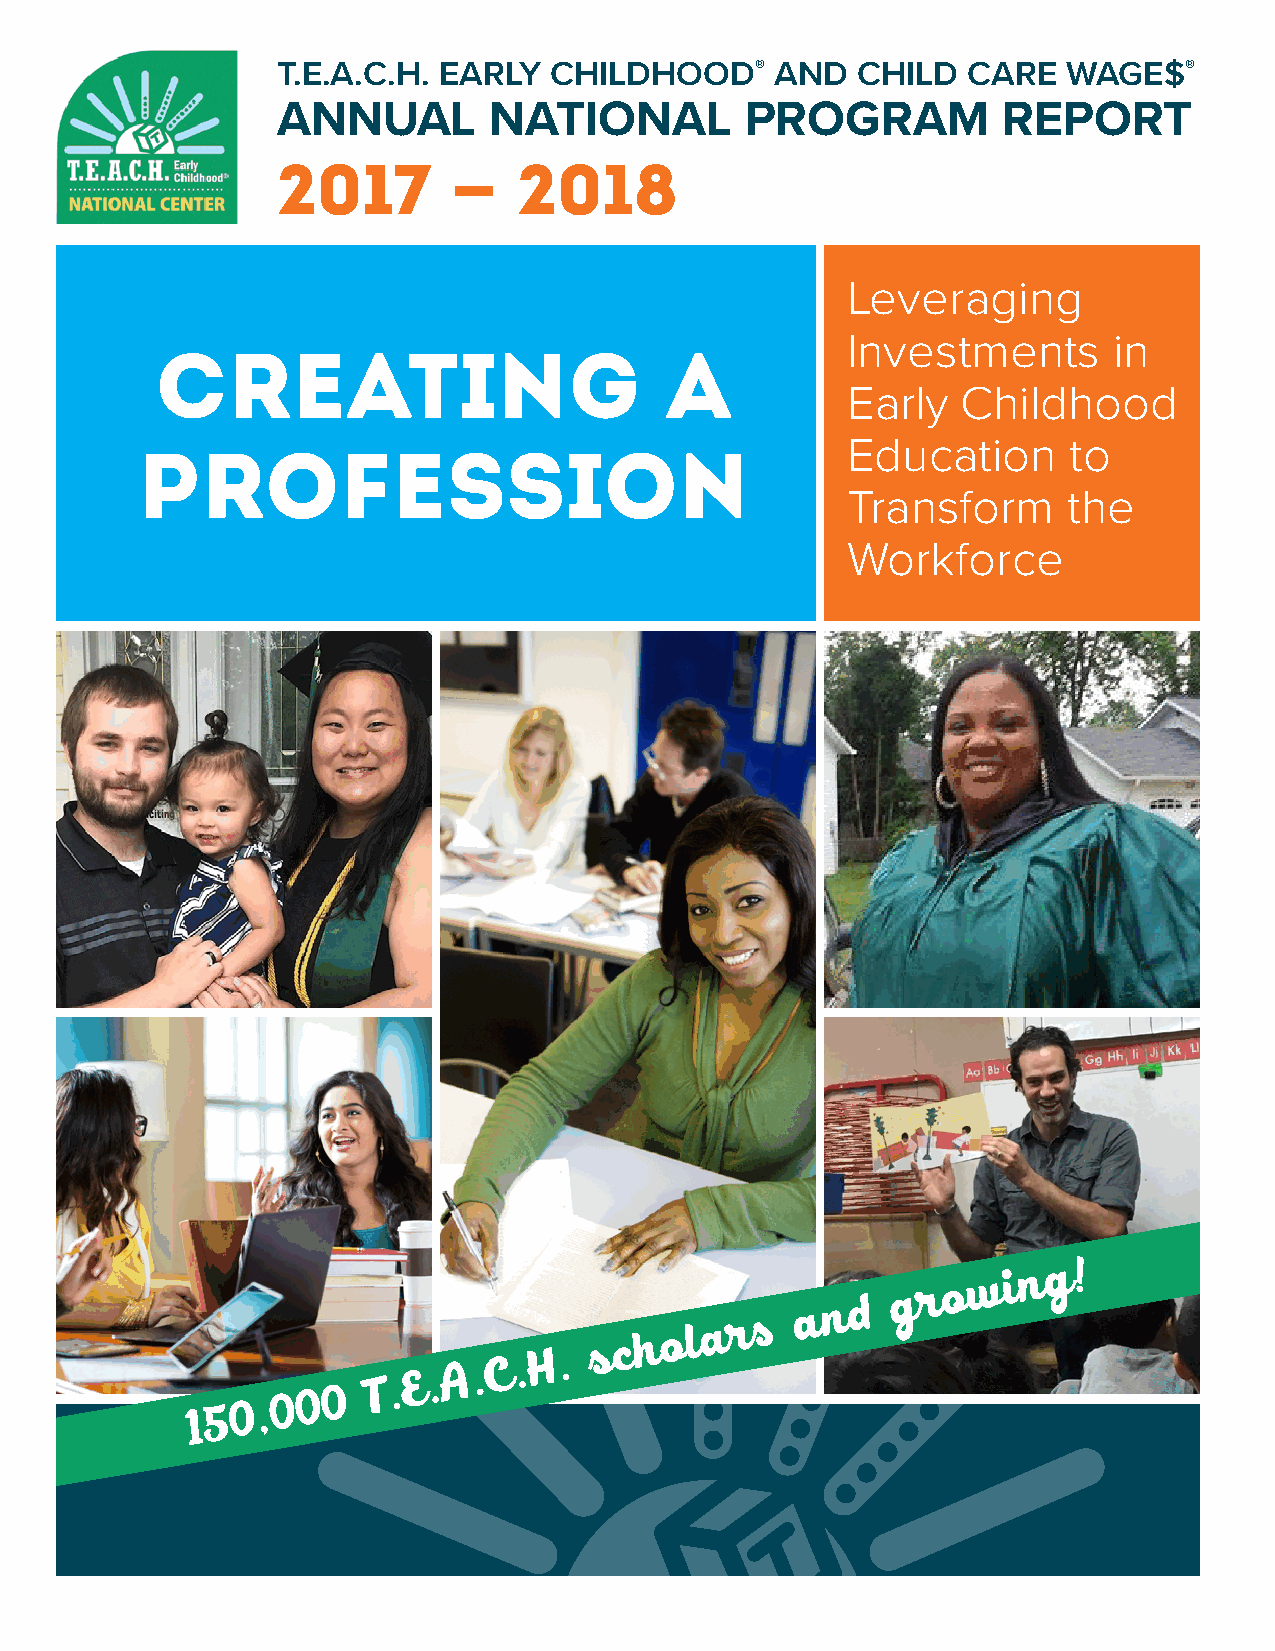
T.E.A.C.H. EARLY  CHILDHOOD®     AND   CHILD  CARE   WAGE$®
 ANNUAL        NATIONAL         PROGRAM          REPORT
 2017        –   2018
 Leveraging
 Investments       in
 CREATING                          A
 Early   Childhood
 Education      to
 PROFESSION
 Transform      the
 Workforce
 w  i n g !
 1 5 0 , 0 0 0
 T . E . A . C . H .
 s c h o l a r s
 a n d
 g r o